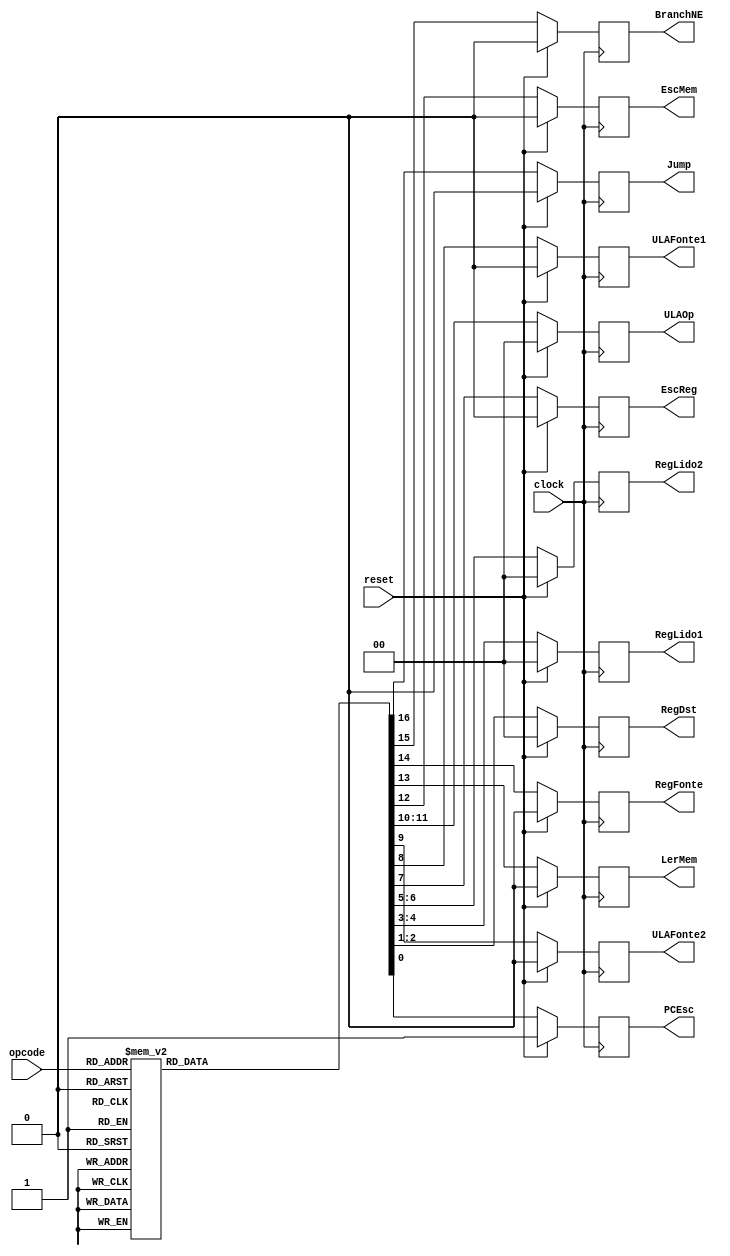
/*
	CEFET-MG
	Disciplina de Laboratrio de Arquitetura e Organizao de Computadores I
	Data: 10/08/2021
	Aluno: Fernando Veizaga
	Matricula: 20203001902
*/
	
module controle (opcode, reset, clock, PCEsc, RegDst, RegLido1, RegLido2, EscReg, ULAFonte1, ULAFonte2, ULAOp, EscMem, LerMem, RegFonte, BranchNE, Jump);
	input [2:0] opcode;
	input reset, clock;
	
	output reg PCEsc, EscReg, ULAFonte1, ULAFonte2, EscMem, LerMem, RegFonte, BranchNE, Jump;
	output reg [1:0] RegDst, RegLido1, RegLido2, ULAOp;
	
	always @(posedge clock) 
	begin
		if(reset==1'b1)
		begin
			PCEsc = 1'b1;
			RegDst = 2'b00;
			RegLido1 = 2'b00;
			RegLido2 = 2'b00;
			EscReg = 1'b0;
			ULAFonte1 = 1'b0;
			ULAFonte2 = 1'b0;
			ULAOp = 2'b00;
			EscMem = 1'b0;
			LerMem = 1'b0;
			RegFonte = 1'b0;
			BranchNE = 1'b0;
			Jump = 1'b0;
		end
		
		else begin
			case (opcode)
				3'b000: begin	//bne
					PCEsc = 1'b1;
					RegDst = 2'b00;
					RegLido1 = 2'b01;
					RegLido2 = 2'b10;
					EscReg = 1'b0;
					ULAFonte1 = 1'b0;
					ULAFonte2 = 1'b0;
					ULAOp = 2'b01;
					EscMem = 1'b0;
					LerMem = 1'b0;
					RegFonte = 1'b0;
					BranchNE = 1'b1;
					Jump = 1'b0;
					end
					
				3'b001: begin	//slt
					PCEsc = 1'b1;
					RegDst = 2'b01;
					RegLido1 = 2'b00;
					RegLido2 = 2'b00;
					EscReg = 1'b1;
					ULAFonte1 = 1'b0;
					ULAFonte2 = 1'b0;
					ULAOp = 2'b10;
					EscMem = 1'b0;
					LerMem = 1'b0;
					RegFonte = 1'b0;
					BranchNE = 1'b0;
					Jump = 1'b0;
					end
					
				3'b010: begin	//lw
					PCEsc = 1'b1;
					RegDst = 2'b10;
					RegLido1 = 2'b00;
					RegLido2 = 2'b00;
					EscReg = 1'b1;
					ULAFonte1 = 1'b0;
					ULAFonte2 = 1'b1;
					ULAOp = 2'b00;
					EscMem = 1'b0;
					LerMem = 1'b1;
					RegFonte = 1'b1;
					BranchNE = 1'b0;
					Jump = 1'b0;
					end
				
				3'b011: begin	//sw
					PCEsc = 1'b1;
					RegDst = 2'b00;
					RegLido1 = 2'b10;
					RegLido2 = 2'b01;
					EscReg = 1'b0;
					ULAFonte1 = 1'b1;
					ULAFonte2 = 1'b1;
					ULAOp = 2'b00;
					EscMem = 1'b1;
					LerMem = 1'b0;
					RegFonte = 1'b0;
					BranchNE = 1'b0;
					Jump = 1'b0;
					end
				
				3'b100: begin	//add
					PCEsc = 1'b1;
					RegDst = 2'b00;
					RegLido1 = 2'b00;
					RegLido2 = 2'b00;
					EscReg = 1'b1;
					ULAFonte1 = 1'b0;
					ULAFonte2 = 1'b0;
					ULAOp = 2'b00;
					EscMem = 1'b0;
					LerMem = 1'b0;
					RegFonte = 1'b0;
					BranchNE = 1'b0;
					Jump = 1'b0;
					end
				
				3'b101: begin	//addi
					PCEsc = 1'b1;
					RegDst = 2'b00;
					RegLido1 = 2'b00;
					RegLido2 = 2'b00;
					EscReg = 1'b1;
					ULAFonte1 = 1'b0;
					ULAFonte2 = 1'b1;
					ULAOp = 2'b00;
					EscMem = 1'b0;
					LerMem = 1'b0;
					RegFonte = 1'b0;
					BranchNE = 1'b0;
					Jump = 1'b0;
					end
				
				3'b110: begin	//jump
					PCEsc = 1'b1;
					RegDst = 2'b00;
					RegLido1 = 2'b00;
					RegLido2 = 2'b00;
					EscReg = 1'b0;
					ULAFonte1 = 1'b0;
					ULAFonte2 = 1'b0;
					ULAOp = 2'b00;
					EscMem = 1'b0;
					LerMem = 1'b0;
					RegFonte = 1'b0;
					BranchNE = 1'b0;
					Jump = 1'b1;
					end
				
				3'b111: begin	//halt
					PCEsc = 1'b0;
					RegDst = 2'b00;
					RegLido1 = 2'b00;
					RegLido2 = 2'b00;
					EscReg = 1'b0;
					ULAFonte1 = 1'b0;
					ULAFonte2 = 1'b0;
					ULAOp = 2'b00;
					EscMem = 1'b0;
					LerMem = 1'b0;
					RegFonte = 1'b0;
					BranchNE = 1'b0;
					Jump = 1'b0;
					end
					
				default: begin
					PCEsc = 1'b1;
					RegDst = 2'b00;
					RegLido1 = 2'b00;
					RegLido2 = 2'b00;
					EscReg = 1'b1;
					ULAFonte1 = 1'b0;
					ULAFonte2 = 1'b1;
					ULAOp = 2'b00;
					EscMem = 1'b0;
					LerMem = 1'b0;
					RegFonte = 1'b0;
					BranchNE = 1'b0;
					Jump = 1'b0;
				end
			endcase
		end
	end
	
endmodule

module test_controle;
	reg [2:0] opc;
	reg clk, rst;
	
	wire pcesc, escreg, ulafonte1, ulafonte2, escmem, lermem, regfonte, branchne, jump;
	wire [1:0] regdst, reglido1, reglido2, ulaop;
	
	always begin
		clk = 0;
		#1 clk = 1;
		#1 clk = 0;
	end
	integer i;
	initial begin
		rst = 0;
		opc = 0;
		for(i=0; i<8; i=i+1)
		begin
			#2 opc = opc + 1;
		end
		#2 rst = 1;
	end
	
	initial begin
 		$monitor("Time=%0d opcode=%b reset=%b clock=%b pcesc=%b escreg=%b ulafonte1=%b ulafonte2=%b escmem=%b lermem=%b regfonte=%b branchne=%b jump=%b regdst=%b reglido1=%b reglido2=%b ulaop=%b",$time, opc, rst, clk, pcesc, escreg, ulafonte1, ulafonte2, escmem, lermem, regfonte, branchne, jump, regdst, reglido1, reglido2, ulaop);
 	end
	
	controle mod1(opc, rst, clk, pcesc, regdst, reglido1, reglido2, escreg, ulafonte1, ulafonte2, ulaop, escmem, lermem, regfonte, branchne, jump);
	
endmodule